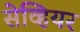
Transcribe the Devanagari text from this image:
सेव्हियर